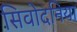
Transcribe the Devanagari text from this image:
सिवोदनिया